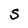
Character: S